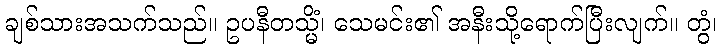
ချစ်သားအသက်သည်။ ဥပနီတသ္မိံ၊ သေမင်း၏ အနီးသို့ရောက်ပြီးလျက်။ တွံ၊